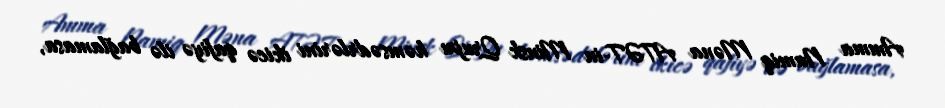
Amma Namiq Məna ATƏT-in Minsk Qrupu həmsədrlərini ikicə qafiyə ilə bağlamasa,